Insane asylums in Bengal annual reports 1867-1875 - 1867-1875
Year: 1867
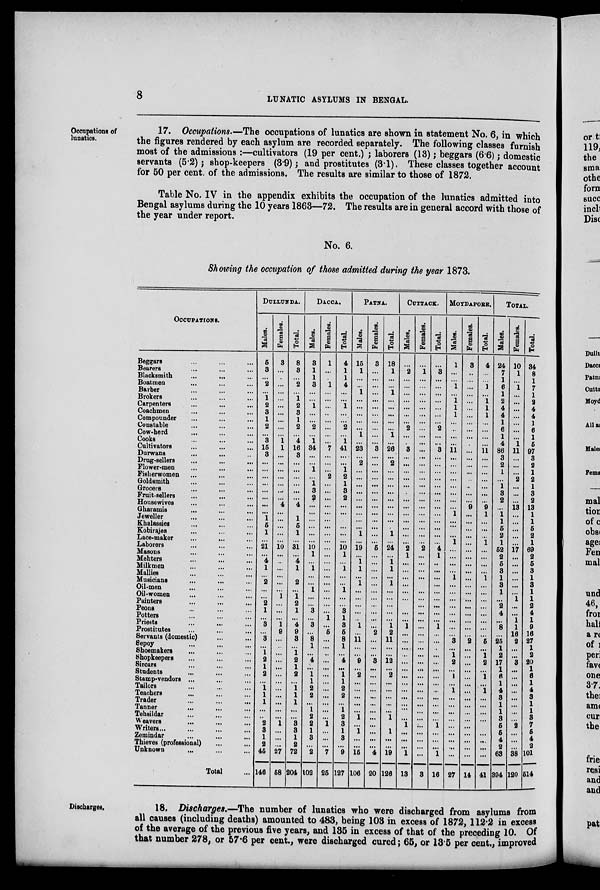
8
LUNATIC ASYLUMS IN BENGAL.
Occupations of
lunatics.
17. Occupations.—The occupations of lunatics are shown in statement No. 6, in which
the figures rendered by each asylum are recorded separately. The following classes furnish
most of the admissions :—cultivators (19 per cent.) ; laborers (13); beggars (6.6); domestic
servants (5.2); shop-keepers (3.9); and prostitutes (3.1). These classes together account
for 50 per cent. of the admissions. The results are similar to those of 1872.
Table No. IV in the appendix exhibits the occupation of the lunatics admitted into
Bengal asylums during the 10 years 1863—72. The results are in general accord with those of
the year under report.
No. 6.
Showing the occupation of those admitted during the year 1873.
OCCUPATIONS.
Beggars ... ... ...
Bearers ... ... ...
Blacksmith ... ... ...
Boatmen ... ... ...
Barber ... ... ...
Brokers ... ... ...
Carpenters ... ... ...
Coachmen ... ... ...
Compounder ... ... ...
Constable ... ... ...
Cow-herd ... ... ...
Cooks ... ... ...
Cultivators ... ... ...
Durwans ... ... ...
Drug-sellers ... ... ...
Flower-men ... ... ...
Fisherwomen ... ... ...
Goldsmith ... ... ...
Grocers ... ... ...
Fruit-sellers ... ... ...
Housewives ... ... ...
Gharamis ... ... ...
Jeweller ... ... ...
Khalassies ... ... ...
Kobirajes ... ... ...
Lace-maker ... ... ...
Laborers ... ... ...
Masons ... ... ...
Mehters ... ... ...
Milkmen ... ... ...
Mallies ... ... ...
Musicians ... ... ...
Oil-men ... ... ...
Oil-women ... ... ...
Painters ... ... ...
Peons ... ... ...
Potters ... ... ...
Priests ... ... ...
Prostitutes ... ... ...
Servants (domestic) ... ...
Sepoy ... ... ...
Shoemakers ... ... ...
Shopkeepers ... ... ...
Sircars ... ... ...
Students ... ... ...
Stamp-vendors ... ... ...
Tailors
...
...
...
Teachers ... ... ...
Trader
...
...
...
Tanner ... ... ...
Tehsildar ... ... ...
Weavers ... ... ...
Writers... ... ... ...
Zemindar ... ... ...
Thieves (professional) ... ...
Unknown ... ... ...
Total ...
DULLUNDA.
Males.
5
3
...
2
...
1
2
3
1
2
...
3
15
3
...
...
...
...
...
...
...
...
1
5
1
...
21
...
4
1
...
2
...
...
2
1
...
3
...
3
...
1
2
1
2
...
1
1
1
...
...
2
3
1
2
46
146
Females.
3
...
...
...
...
...
...
...
...
...
...
1
1
...
...
...
...
...
...
...
4
...
...
...
...
...
10
...
...
...
...
...
...
1
...
...
...
1
9
...
...
...
...
...
...
...
...
...
...
...
...
1
...
...
...
27
58
Total.
8
3
...
2
...
1
2
3
1
2
...
4
16
3
...
...
...
...
...
...
4
...
1
5
1
...
31
...
4
1
...
2
...
1
2
1
...
4
9
3
...
1
2
1
2
...
1
1
1
...
...
3
3
1
2
72
204
DACCA.
Males.
3
1
1
3
...
...
1
...
...
2
...
1
34
...
...
1
...
1
3
2
...
...
...
...
...
...
10
1
...
1
...
...
1
...
...
3
...
3
...
8
1
...
4
...
1
1
2
2
...
1
2
2
1
3
...
2
102
Females.
1
...
1
...
...
...
...
...
...
...
...
7
...
...
...
2
...
...
...
...
...
...
...
...
...
...
...
...
...
...
...
...
...
...
...
1
...
5
...
...
...
...
...
...
...
...
...
...
...
...
1
...
...
...
7
25
Total
4
1
1
4
...
...
1
...
...
2
...
1
41
...
...
1
2
1
3
2
...
...
...
...
...
...
10
1
...
1
...
...
1
...
...
3
1
3
5
8
1
...
4
...
1
1
2
2
...
1
2
3
1
3
...
9
127
PATNA.
Males.
15
1
. ..
...
1
...
...
...
...
...
1
. ..
23
...
2
...
...
...
...
...
...
...
...
...
1
...
19
...
1
1
...
1
...
...
...
...
..
1
. ..
11
...
...
9
...
2
...
...
...
...
...
1
...
1
...
...
15
106
Females.
3
...
...
...
...
...
...
...
...
...
...
...
3
...
...
...
...
...
...
...
...
...
...
...
...
...
5
...
...
...
...
...
...
...
...
...
...
...
2
...
...
...
3
...
...
...
...
...
...
...
...
...
...
...
...
4
20
Total.
18
1
...
...
1
...
...
...
...
...
1
...
26
...
2
...
...
...
...
...
...
...
...
...
1
...
24
...
1
1
...
1
...
...
...
...
...
1
2
11
...
...
12
...
2
...
...
...
...
...
1
...
1
...
...
19
126
CUTTACK.
Males.
...
2
...
...
...
...
...
...
...
2
. ..
...
3
...
...
...
...
...
...
...
...
...
...
...
...
...
2
1
...
...
...
...
...
...
...
...
...
1
...
...
...
...
. ..
...
...
. ..
...
...
...
...
...
1
...
...
...
1
13
Females.
...
1 ...
...
...
...
...
...
...
...
...
...
...
...
...
...
...
...
...
...
...
...
...
...
...
...
2
...
...
...
...
...
...
...
...
...
...
...
...
...
...
...
...
...
...
...
...
...
...
...
...
...
...
...
...
...
3
Total.
...
3
...
...
...
...
...
...
...
2
...
...
3
...
...
...
...
...
...
...
...
...
...
...
...
...
4
1
...
...
...
...
...
...
...
...
...
1
...
...
...
...
...
. ..
. ..
...
...
...
...
. ..
...
1
...
...
...
1
16
MOYDAPORE.
Males.
1
...
...
1
...
1
1
1
...
...
...
...
11
...
...
...
. ..
...
...
...
...
1
...
...
...
1
...
...
...
...
1
...
...
...
...
...
...
...
...
3
...
1
2
...
1
...
1
...
...
...
...
...
...
...
...
...
27
Females.
3
...
...
...
...
. . .
...
...
. ..
...
...
...
...
...
...
...
...
...
...
...
9
...
...
...
...
...
...
...
...
...
...
...
...
...
...
...
...
...
...
2
...
...
...
...
...
...
...
...
...
...
...
...
...
. . .
...
...
14
Total.
4
...
...
1
...
1
1
1
...
. ..
...
...
11
...
...
...
...
...
. ..
...
9
1
...
...
1
...
...
...
1
...
...
...
...
...
...
...
...
6
...
1
2
...
1
...
1
...
...
...
...
...
...
...
...
...
41
TOTAL.
Males.
24
7
1
6
1
2
4
4
1
6
1
4
86
3
2
1
...
1
3
2
...
1
1
5
2
1
52
2
5
3
1
3
1
...
2
4
...
8
...
25
1
2
17
1
6
1
4
3
1
1
3
5
5
4
2
63
394
Females.
10
1
...
1
...
...
...
...
...
...
...
1
11
...
...
...
2
...
...
...
13
...
...
. ..
...
...
17
...
...
...
...
. ..
...
1
. ..
...
1
1
16
2
...
...
3
...
...
...
...
...
...
...
...
2
...
...
...
38
120
Total.
34
8
1
7
1
2
4
4
1
6
1
5
97
3
2
1
2
1
3
2
13
1
1
5
2
1
69
2
5
3
1
3
1
1
2
4
1
9
16
27
1
2
20
1
6
1
4
3
1
1
8
7
5
4
2
101
514
Discharges.
18. Discharges.—The number of lunatics who were discharged from asylums from
all causes (including deaths) amounted to 483, being 103 in excess of 1872, 112.2 in excess
of the average of the previous five years, and 135 in excess of that of the preceding 10. Of
that number 278, or 57.6 per cent., were discharged cured; 65, or 13.5 per cent., improved